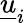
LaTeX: \underline{{u}}_{i}